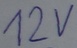
Text: 12V